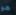
هو